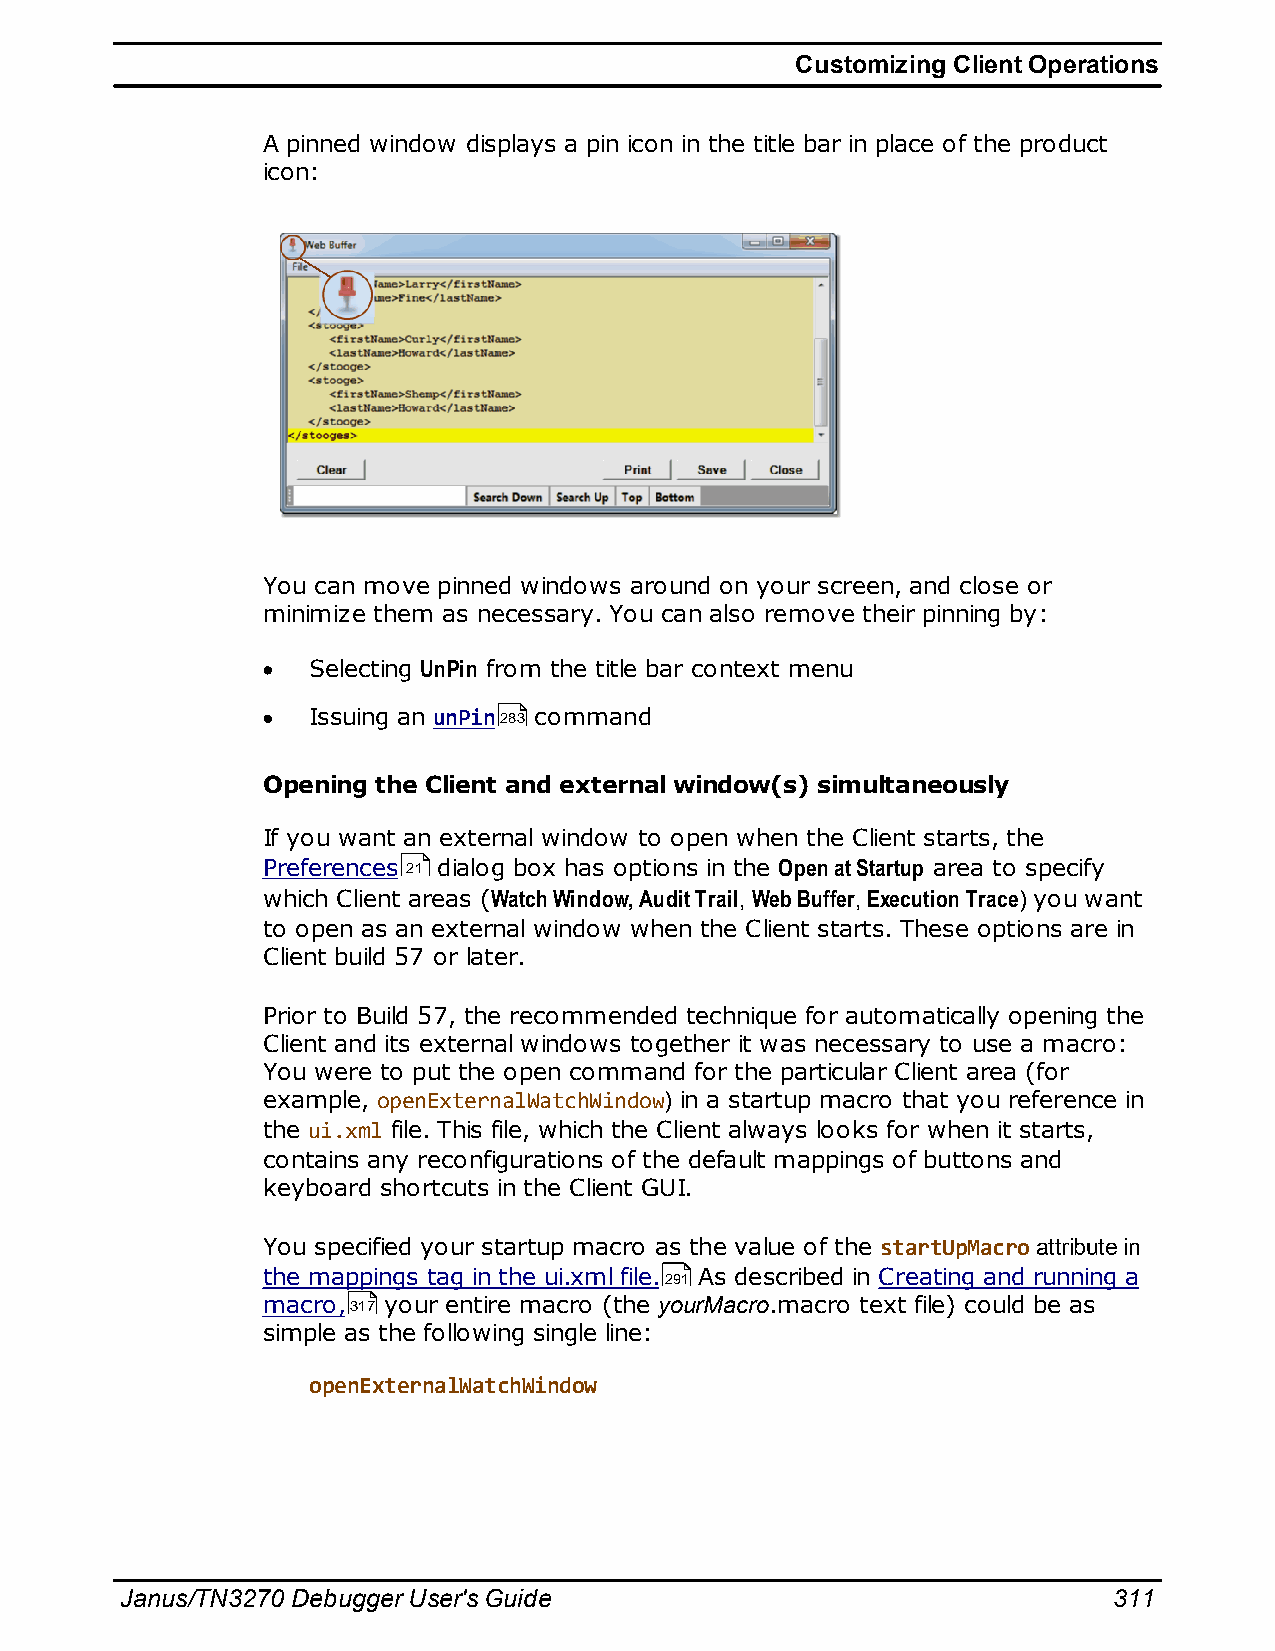
Customizing Client Operations
 A pinned window displays a pin icon in the title bar in place of the product
 icon:
 You can move pinned windows around on your screen, and close or
 minimize them as necessary. You can also remove their pinning by:
 Selecting UnPin from the title bar context menu
 Issuing an unPin283 command
 Opening the Client and external window(s) simultaneously
 If you want an external window to open when the Client starts, the
 Preferences 21 dialog box has options in the Open at Startup area to specify
 which Client areas (Watch Window, Audit Trail, Web Buffer, Execution Trace) you want
 to open as an external window when the Client starts. These options are in
 Client build 57 or later.
 Prior to Build 57, the recommended technique for automatically opening the
 Client and its external windows together it was necessary to use a macro:
 You were to put the open command for the particular Client area (for
 example, openExternalWatchWindow) in a startup macro that you reference in
 the ui.xml file. This file, which the Client always looks for when it starts,
 contains any reconfigurations of the default mappings of buttons and
 keyboard shortcuts in the Client GUI.
 You specified your startup macro as the value of the startUpMacro attribute in
 the mappings tag in the ui.xml file.291 As described in Creating and running a
 macro,317 your entire macro (the yourMacro.macro text file) could be as
 simple as the following single line:
 openExternalWatchWindow
 Janus/TN3270 Debugger User's Guide                                311